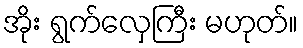
အိုး ရွက်လှေကြီး မဟုတ်။